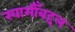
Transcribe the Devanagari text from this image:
स्वामीँबद्दल